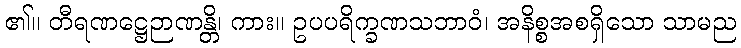
၏။ တီရဏဋ္ဌေဉာဏန္တိ၊ ကား။ ဥပပရိက္ခဏသဘာဝံ၊ အနိစ္စအစရှိသော သာမည